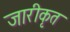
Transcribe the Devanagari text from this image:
जारीकृत